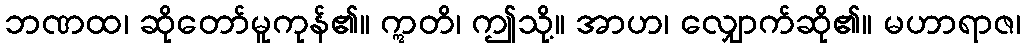
ဘဏထ၊ ဆိုတော်မူကုန်၏။ ဣတိ၊ ဤသို့။ အာဟ၊ လျှောက်ဆို၏။ မဟာရာဇ၊